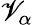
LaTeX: \mathscr{V}_{\alpha}